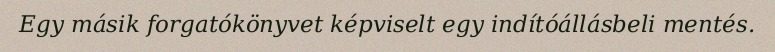
Egy másik forgatókönyvet képviselt egy indítóállásbeli mentés.